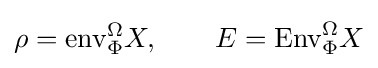
\rho ={\text{env}}_{\Phi }^{\Omega }X,\qquad E={\text{Env}}_{\Phi }^{\Omega }X